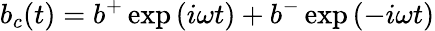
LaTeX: b_{c}(t)=b^{+}\exp\left({i\omega t}\right)+b^{-}\exp\left({-i\omega t}\right)